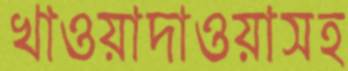
খাওয়াদাওয়াসহ